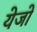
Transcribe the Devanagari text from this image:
येजो